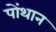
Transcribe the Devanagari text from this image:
पोंथान